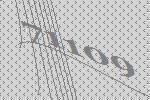
71109